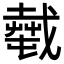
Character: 𢨎